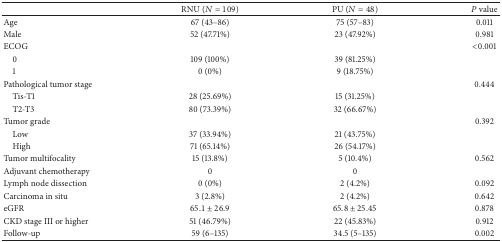
<table><thead><tr><td><b> </b></td><td><b>RNU (<i>N</i> = 109)</b></td><td><b>PU (<i>N</i> = 48)</b></td><td><b><i>P</i> value</b></td></tr></thead><tbody><tr><td>Age</td><td>67 (43–86)</td><td>75 (57–83)</td><td>0.011</td></tr><tr><td>Male</td><td>52 (47.71%)</td><td>23 (47.92%)</td><td>0.981</td></tr><tr><td>ECOG</td><td> </td><td> </td><td>&lt;0.001</td></tr><tr><td> 0</td><td>109 (100%)</td><td>39 (81.25%)</td><td> </td></tr><tr><td> 1</td><td>0 (0%)</td><td>9 (18.75%)</td><td> </td></tr><tr><td>Pathological tumor stage</td><td> </td><td> </td><td>0.444</td></tr><tr><td> Tis-T1</td><td>28 (25.69%)</td><td>15 (31.25%)</td><td> </td></tr><tr><td> T2-T3</td><td>80 (73.39%)</td><td>32 (66.67%)</td><td> </td></tr><tr><td>Tumor grade</td><td> </td><td> </td><td>0.392</td></tr><tr><td> Low</td><td>37 (33.94%)</td><td>21 (43.75%)</td><td> </td></tr><tr><td> High</td><td>71 (65.14%)</td><td>26 (54.17%)</td><td> </td></tr><tr><td>Tumor multifocality</td><td>15 (13.8%)</td><td>5 (10.4%)</td><td>0.562</td></tr><tr><td>Adjuvant chemotherapy</td><td>0</td><td>0</td><td> </td></tr><tr><td>Lymph node dissection</td><td>0 (0%)</td><td>2 (4.2%)</td><td>0.092</td></tr><tr><td>Carcinoma in situ</td><td>3 (2.8%)</td><td>2 (4.2%)</td><td>0.642</td></tr><tr><td>eGFR</td><td>65.1 ± 26.9</td><td>65.8 ± 25.45</td><td>0.878</td></tr><tr><td>CKD stage III or higher</td><td>51 (46.79%)</td><td>22 (45.83%)</td><td>0.912</td></tr><tr><td>Follow-up</td><td>59 (6–135)</td><td>34.5 (5–135)</td><td>0.002</td></tr></tbody></table>